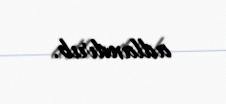
adlandırıb.